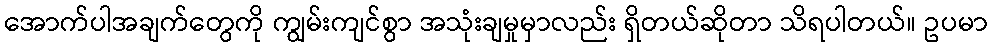
အောက်ပါအချက်တွေကို ကျွမ်းကျင်စွာ အသုံးချမှုမှာလည်း ရှိတယ်ဆိုတာ သိရပါတယ်။ ဥပမာ